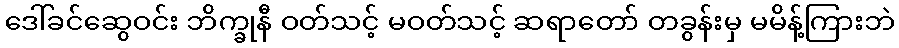
ဒေါ်ခင်ဆွေဝင်း ဘိက္ခုနီ ဝတ်သင့် မဝတ်သင့် ဆရာတော် တခွန်းမှ မမိန့်ကြားဘဲ